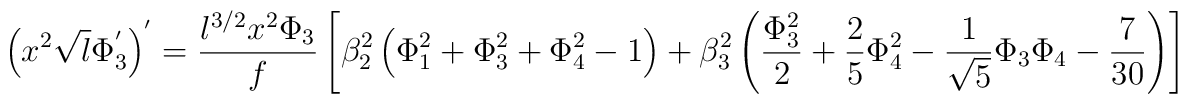
\left(x^2 \sqrt{l} \Phi_3^{'}\right)^{'}=\frac{l^{3/2} x^2 \Phi_3}{f}\left[\beta_2^2 \left(\Phi_1^2 + \Phi_3^2  + \Phi_4^2-1 \right) + \beta_3^2 \left(\frac{\Phi_3^2}{2}  + \frac{2}{5} \Phi_4^2 - \frac{1}{\sqrt{5}} \Phi_3 \Phi_4 -\frac{7}{30} \right) \right]